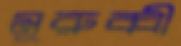
মুরুব্বী